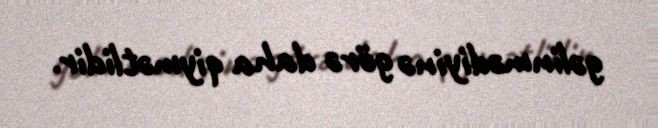
gəlinmədiyinə görə daha qiymətlidir.